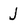
Character: J